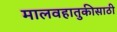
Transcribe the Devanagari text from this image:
मालवहातुकीसाठी